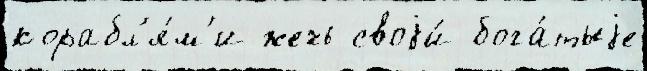
корабл'я́м'и жечь своjи́ бога́тыjе